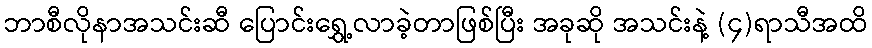
ဘာစီလိုနာအသင်းဆီ ပြောင်းရွှေ့လာခဲ့တာဖြစ်ပြီး အခုဆို အသင်းနဲ့ (၄)ရာသီအထိ